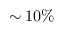
\sim 1 0 \%